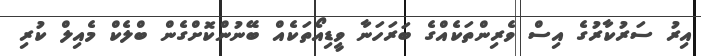
އިރު ސަރުކާރުގެ އިސް ވެރިންތަކެއްގެ ބަރަހަނާ ވީޑިއޯތަކެއް ބޭނުންކޮށްގެން ބްލެކް މެއިލް ކުރި